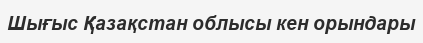
Шығыс Қазақстан облысы кен орындары